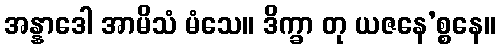
အန္နာဒေါ အာမိသံ မံသေ။ ဒိက္ခာ တု ယဇနေ’စ္စနေ။